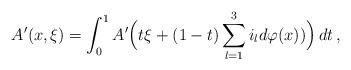
LaTeX: \begin{align*}A'(x,\xi)= \int_0^1 A'\Big(t\xi + (1-t)\sum_{l=1}^3 i_l d\varphi(x))\Big) \, dt \,,\end{align*}